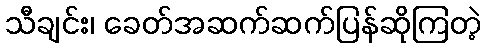
သီချင်း၊ ခေတ်အဆက်ဆက်ပြန်ဆိုကြတဲ့